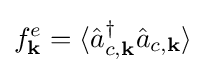
f_{\mathbf {k} }^{e}=\langle {\hat {a}}_{c,\mathbf {k} }^{\dagger }{\hat {a}}_{c,\mathbf {k} }\rangle \;